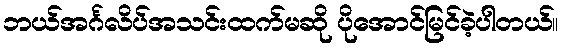
ဘယ်အင်္ဂလိပ်အသင်းထက်မဆို ပိုအောင်မြင်ခဲ့ပါတယ်။